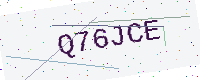
Text: Q76JCE